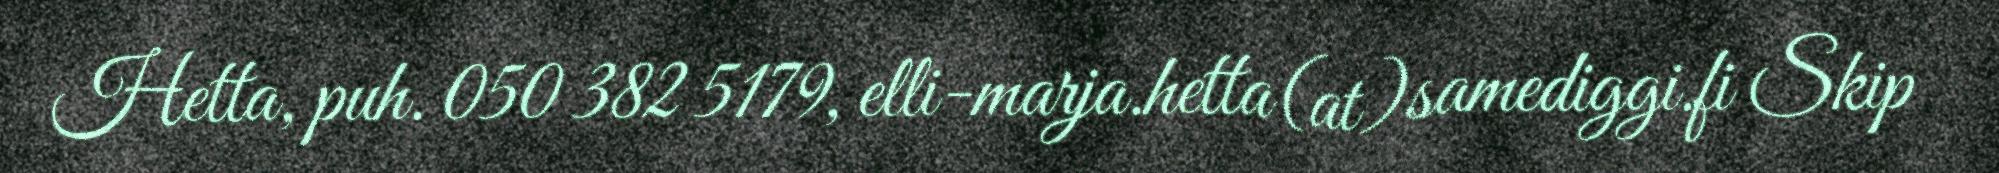
Hetta, puh. 050 382 5179, elli-marja.hetta(at)samediggi.fi Skip